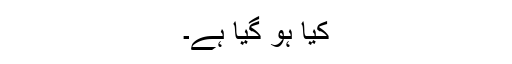
کیا ہو گیا ہے۔